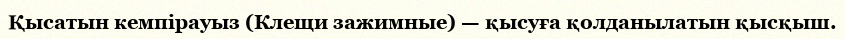
Қысатын кемпірауыз (Клещи зажимные) — қысуға қолданылатын қысқыш.